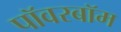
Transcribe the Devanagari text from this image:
पॉवरबॉम